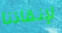
لإنقاذنا